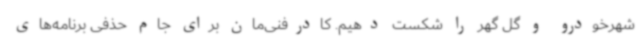
شهرخودرو و گل گهر را شکست دهیم. کادرفنی‌مان برای جام حذفی برنامه‌های